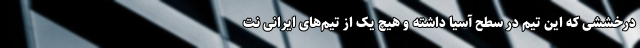
درخششی که این تیم در سطح آسیا داشته و هیچ یک از تیم‌های ایرانی نت